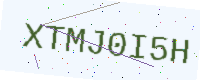
Text: XTMJ0I5H